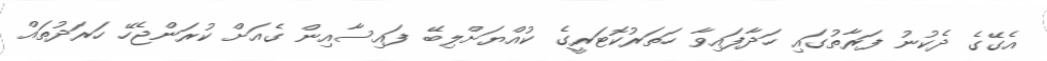
އެގޭގެ ދެކުނު ފަރާތުގައި ހަދާފައިވާ ހަތަރުކޮޓަރީގެ ކުއްޔަށްލިބޭ ފައިސާއިން ގެއަށް ކުރަންޖެހޭ ހަރަދުތައް